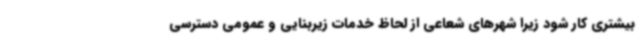
بیشتری کار شود زیرا شهرهای شعاعی از لحاظ خدمات زیربنایی و عمومی دسترسی